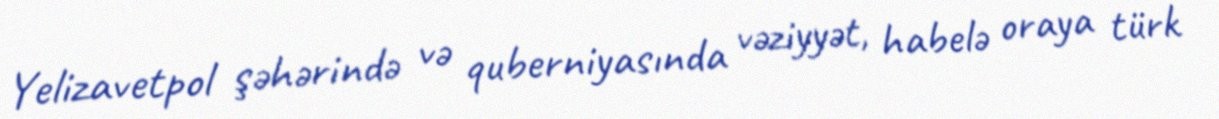
Yelizavetpol şəhərində və quberniyasında vəziyyət, habelə oraya türk